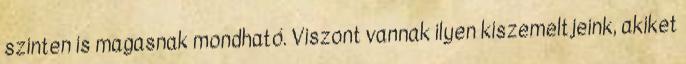
szinten is magasnak mondható. Viszont vannak ilyen kiszemeltjeink, akiket